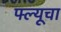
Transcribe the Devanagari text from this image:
फ्ल्यूचा